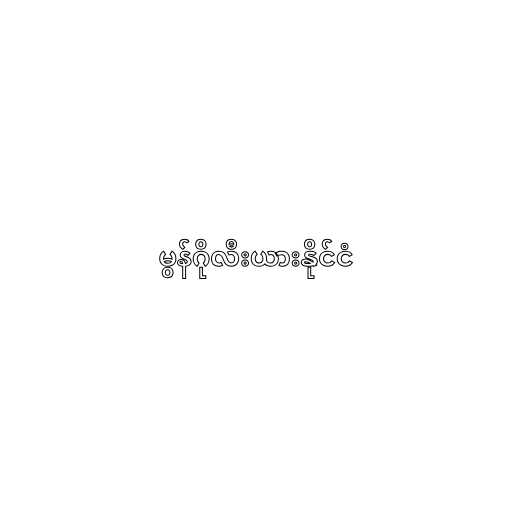
မွန်ဂိုလီးယားနိုင်ငံ